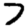
Digit: 7